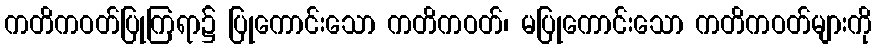
ကတိကဝတ်ပြုကြရာ၌ ပြုကောင်းသော ကတိကဝတ်၊ မပြုကောင်းသော ကတိကဝတ်များကို